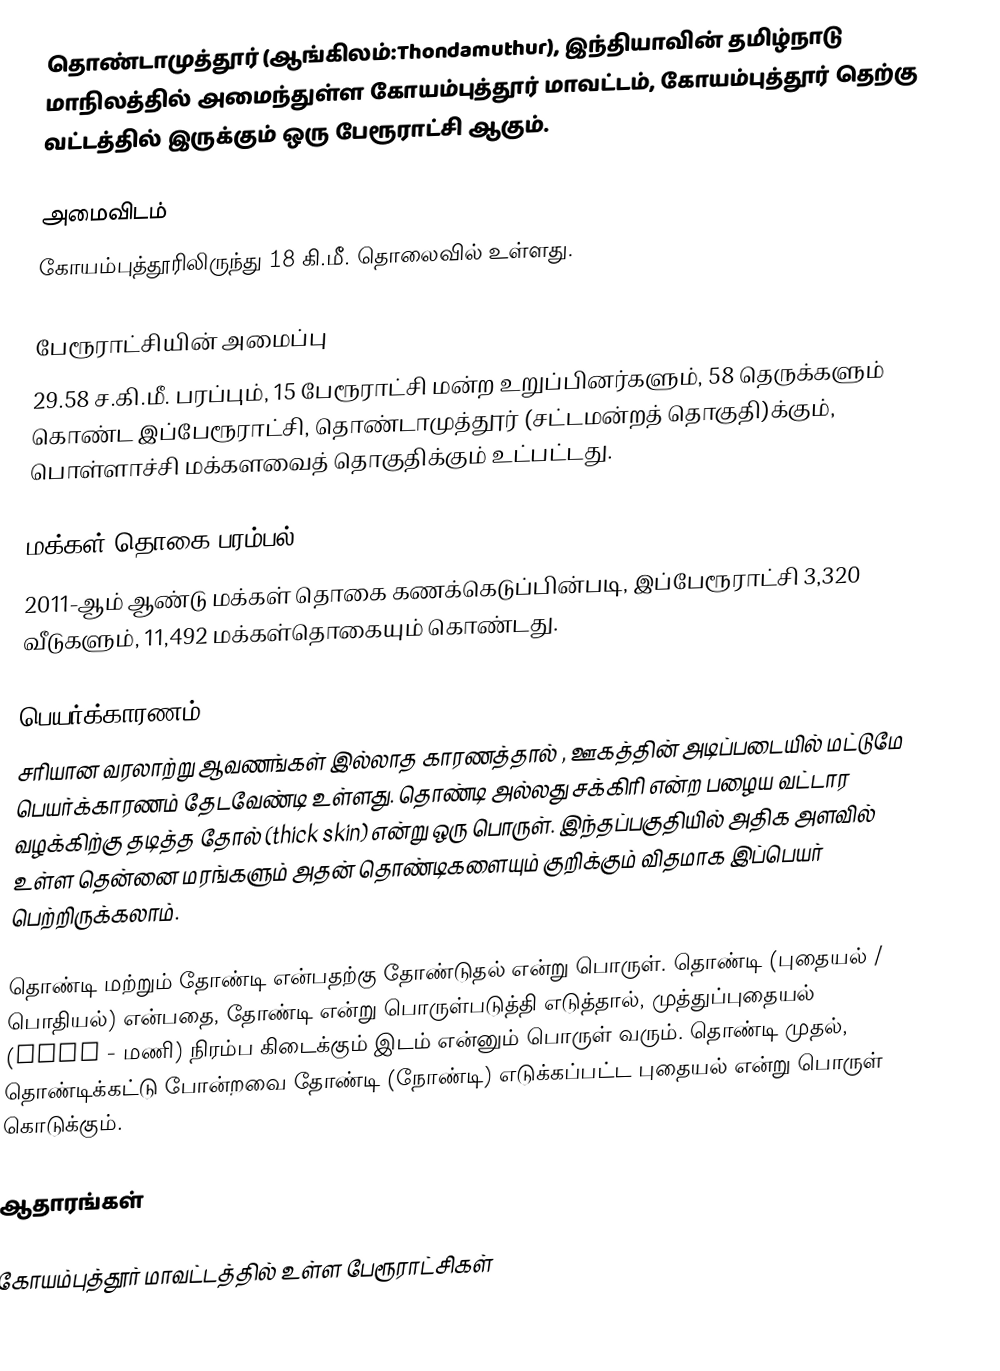
தொண்டாமுத்தூர் (ஆங்கிலம்:Thondamuthur), இந்தியாவின் தமிழ்நாடு மாநிலத்தில் அமைந்துள்ள கோயம்புத்தூர் மாவட்டம், கோயம்புத்தூர் தெற்கு வட்டத்தில் இருக்கும் ஒரு பேரூராட்சி ஆகும்.

அமைவிடம்
கோயம்புத்தூரிலிருந்து 18 கி.மீ. தொலைவில் உள்ளது.

பேரூராட்சியின் அமைப்பு
29.58 ச.கி.மீ. பரப்பும், 15 பேரூராட்சி மன்ற உறுப்பினர்களும், 58 தெருக்களும்  கொண்ட இப்பேரூராட்சி,  தொண்டாமுத்தூர்   (சட்டமன்றத் தொகுதி)க்கும், பொள்ளாச்சி மக்களவைத் தொகுதிக்கும் உட்பட்டது.

மக்கள் தொகை பரம்பல்
2011-ஆம் ஆண்டு மக்கள் தொகை கணக்கெடுப்பின்படி,  இப்பேரூராட்சி 3,320 வீடுகளும், 11,492 மக்கள்தொகையும் கொண்டது.

பெயர்க்காரணம்
சரியான வரலாற்று ஆவணங்கள் இல்லாத காரணத்தால் , ஊகத்தின் அடிப்படையில் மட்டுமே பெயர்க்காரணம் தேடவேண்டி உள்ளது. தொண்டி அல்லது சக்கிரி என்ற பழைய வட்டார வழக்கிற்கு தடித்த தோல் (thick skin) என்று ஒரு பொருள். இந்தப்பகுதியில் அதிக அளவில் உள்ள தென்னை மரங்களும் அதன் தொண்டிகளையும் குறிக்கும் விதமாக இப்பெயர் பெற்றிருக்கலாம்.

தொண்டி மற்றும் தோண்டி என்பதற்கு  தோண்டுதல் என்று பொருள். தொண்டி (புதையல் / பொதியல்) என்பதை,  தோண்டி என்று பொருள்படுத்தி எடுத்தால், முத்துப்புதையல்  (gems - மணி) நிரம்ப கிடைக்கும் இடம் என்னும் பொருள் வரும். தொண்டி முதல், தொண்டிக்கட்டு போன்றவை தோண்டி (நோண்டி) எடுக்கப்பட்ட புதையல் என்று பொருள் கொடுக்கும்.

ஆதாரங்கள்

கோயம்புத்தூர் மாவட்டத்தில் உள்ள பேரூராட்சிகள்